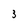
Character: 3